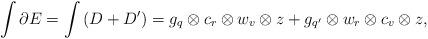
LaTeX: \begin{align*}\int \partial E = \int \left( D + D' \right)= g_q \otimes c_r \otimes w_v \otimes z + g_{q'} \otimes w_r \otimes c_v \otimes z,\end{align*}